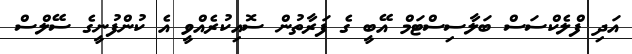
އަދި ފްލެކްސަސް ބަލާސިސްޓަމް އޭބީ ގެ ފަރާތުން ސޮއިކުރެއްވީ އެ ކުންފުނީގެ ސޭލްސް